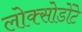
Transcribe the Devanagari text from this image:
लोक्सोडोंटे